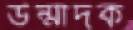
উন্মাদক